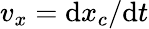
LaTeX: v_{x}=\mathrm{d}x_{c}/\mathrm{d}t